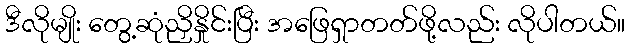
ဒီလိုမျိုး တွေ့ဆုံညှိနှိုင်းပြီး အဖြေရှာတတ်ဖို့လည်း လိုပါတယ်။